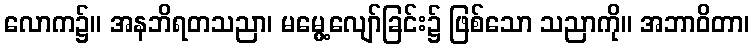
လောက၌။ အနဘိရတသညာ၊ မမွေ့လျော်ခြင်း၌ ဖြစ်သော သညာကို။ အဘာဝိတာ၊